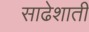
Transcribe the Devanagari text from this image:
साढेशाती